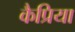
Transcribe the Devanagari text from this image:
कैप्रिया